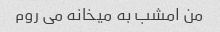
من امشب به میخانه می روم